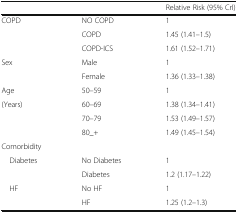
<table><thead><tr><td></td><td></td><td><b>Relative Risk (95% CrI)</b></td></tr></thead><tbody><tr><td rowspan="3">COPD</td><td>NO COPD</td><td>1</td></tr><tr><td>COPD</td><td>1.45 (1.41–1.5)</td></tr><tr><td>COPD-ICS</td><td>1.61 (1.52–1.71)</td></tr><tr><td rowspan="2">Sex</td><td>Male</td><td>1</td></tr><tr><td>Female</td><td>1.36 (1.33–1.38)</td></tr><tr><td>Age</td><td>50–59</td><td>1</td></tr><tr><td rowspan="3">(Years)</td><td>60–69</td><td>1.38 (1.34–1.41)</td></tr><tr><td>70–79</td><td>1.53 (1.49–1.57)</td></tr><tr><td>80_+</td><td>1.49 (1.45–1.54)</td></tr><tr><td colspan="3">Comorbidity</td></tr><tr><td rowspan="2"> Diabetes</td><td>No Diabetes</td><td>1</td></tr><tr><td>Diabetes</td><td>1.2 (1.17–1.22)</td></tr><tr><td rowspan="2"> HF</td><td>No HF</td><td>1</td></tr><tr><td>HF</td><td>1.25 (1.2–1.3)</td></tr></tbody></table>